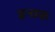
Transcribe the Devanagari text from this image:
इनाक